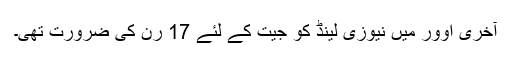
آخری اوور میں نیوزی لینڈ کو جیت کے لئے 17 رن کی ضرورت تھی۔